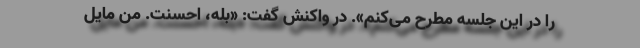
را در این جلسه مطرح می‌کنم». ‌در واکنش گفت: «بله، احسنت. من مایل